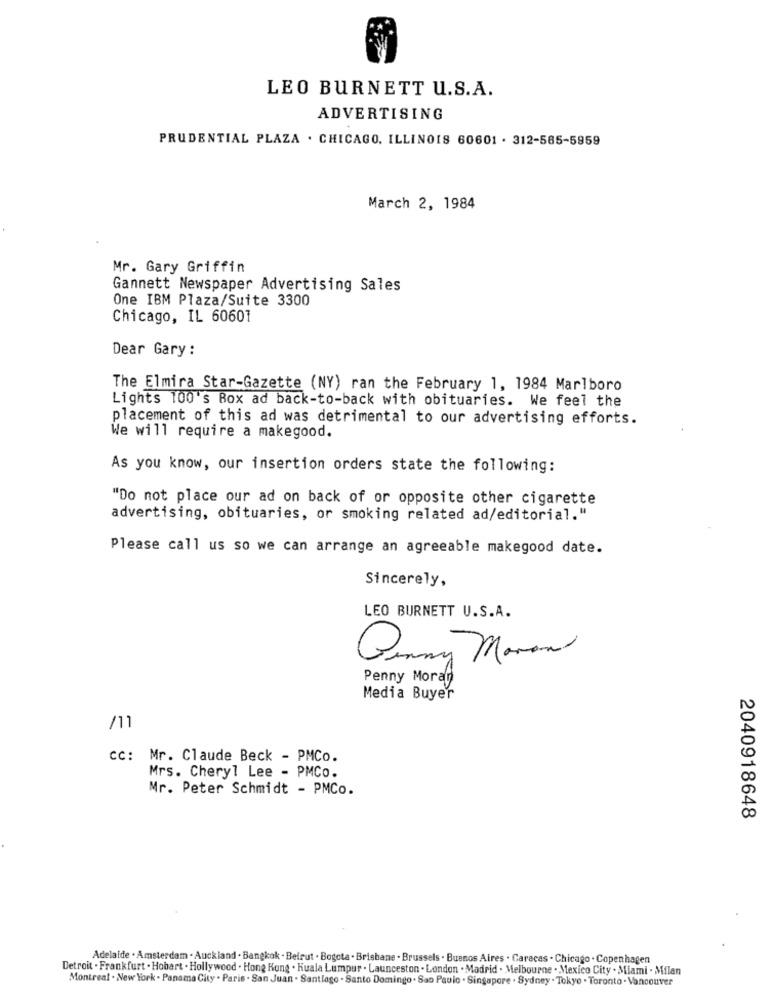
LEO BURNETT U.S.A.
ADVERTISING
PRUDENTIAL PLAZA . CHICAGO, ILLINOIS 60601 . 312-565-5959
March 2, 1984
Mr. Gary Griffin
Gannett Newspaper Advertising Sales
One IBM Plaza/Suite 3300
Chicago, IL 60607
Dear Gary :
The Elmira Star-Gazette (NY) ran the February 1, 1984 Marlboro
Lights 100's Box ad back-to-back with obituaries. We feel the
placement of this ad was detrimental to our advertising efforts.
We will require a makegood.
As you know, our insertion orders state the following:
"Do not place our ad on back of or opposite other cigarette
advertising, obituaries, or smoking related ad/editorial."
Please call us so we can arrange an agreeable makegood date.
Sincerely,
LEO BURNETT U.S.A.
Gummy Manon
Penny Moray
Media Buyer
/11
cc: Mr. Claude Beck - PMCo.
Mrs. Cheryl Lee - PMCo.
Mr. Peter Schmidt - PMCo.
2040918648
Adelaide . Amsterdam . Auckland . Bangkok . Beirut . Bogota . Brisbane . Brussels . Buenos Aires . Carecas . Chicago . Copenhagen
Detroit . Frankfurt . Hobart . Hollywood . Hong Kong . Kuala Lumpur . Launceston . London . Madrid . Melbourne . Mexico City . Miami . Milan
Montreal . New York . Panama City . Paris . San Juan . Santiago . Santo Domingo . Sao Paulo . Singapore . Sydney . Tokyo . Toronto . Vancouver